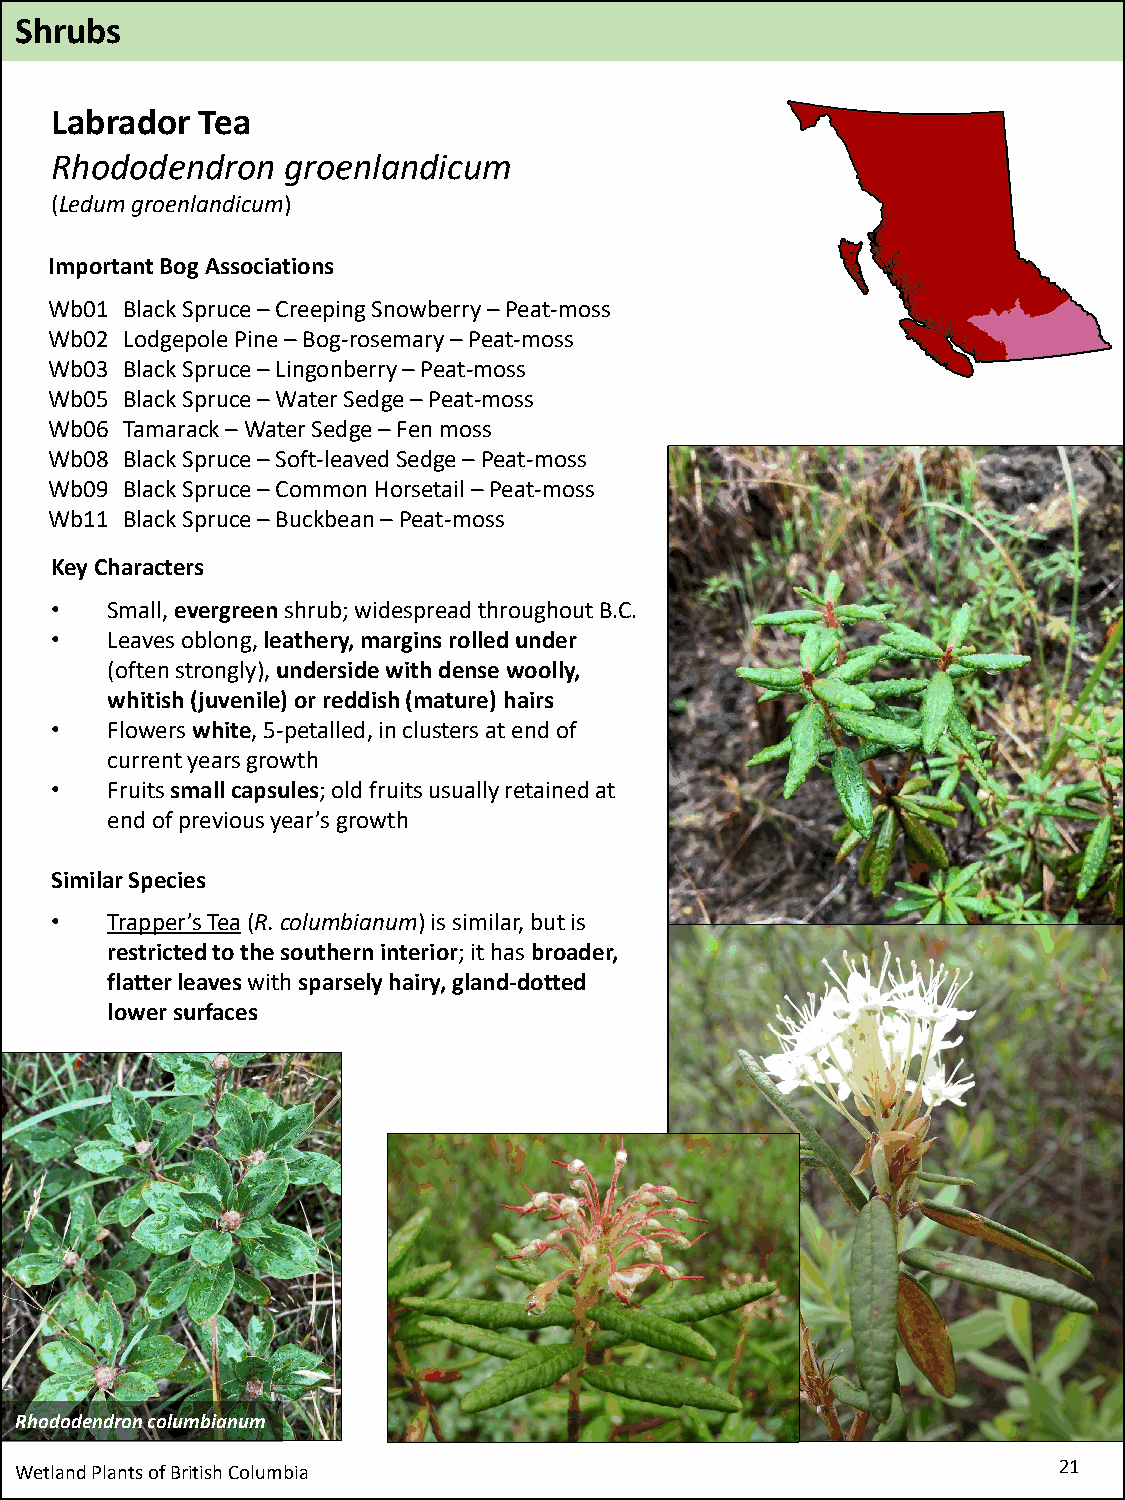
Shrubs
 Labrador  Tea
 Rhododendron    groenlandicum
 (Ledumgroenlandicum)
 Important Bog Associations
 Wb01 Black Spruce –Creeping Snowberry –Peat-moss
 Wb02 LodgepolePine –Bog-rosemary –Peat-moss
 Wb03 Black Spruce –Lingonberry –Peat-moss
 Wb05 Black Spruce –Water Sedge –Peat-moss
 Wb06 Tamarack –Water Sedge –Fen moss
 Wb08 Black Spruce –Soft-leaved Sedge –Peat-moss
 Wb09 Black Spruce –Common Horsetail –Peat-moss
 Wb11 Black Spruce –Buckbean –Peat-moss
 Key Characters
 •   Small, evergreenshrub; widespread throughout B.C.
 •   Leaves oblong, leathery, margins rolled under
 (often strongly), underside with dense woolly,
 whitish (juvenile) or reddish (mature) hairs
 •   Flowers white, 5-petalled, in clusters at end of
 current years growth
 •   Fruits small capsules;old fruits usually retained at
 end of previous year’s growth
 Similar Species
 •   Trapper’s Tea(R. columbianum) is similar, but is
 restricted to the southern interior; it has broader,
 flatter leaves with sparsely hairy, gland-dotted
 lower surfaces
 Rhododendron columbianum
 Wetland Plants of British Columbia                                   21